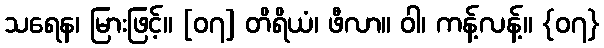
သရေန၊ မြားဖြင့်။ [၀၇] တိရိယံ၊ ဖီလာ။ ဝါ၊ ကန့်လန့်။ {၀၇}